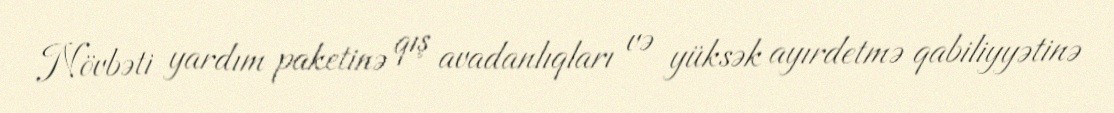
Növbəti yardım paketinə qış avadanlıqları və yüksək ayırdetmə qabiliyyətinə